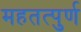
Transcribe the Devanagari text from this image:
महतत्पुर्ण